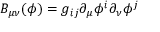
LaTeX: B _ { \mu \nu } ( \phi ) = g _ { i j } \partial _ { \mu } \phi ^ { i } \partial _ { \nu } \phi ^ { j }